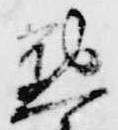
懃